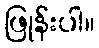
ဖြုန်းပါ။